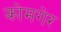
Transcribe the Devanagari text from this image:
कोमगेर